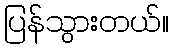
ပြန်သွားတယ်။